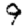
Digit: 9